Report of the veterinary officer investigating camel disease
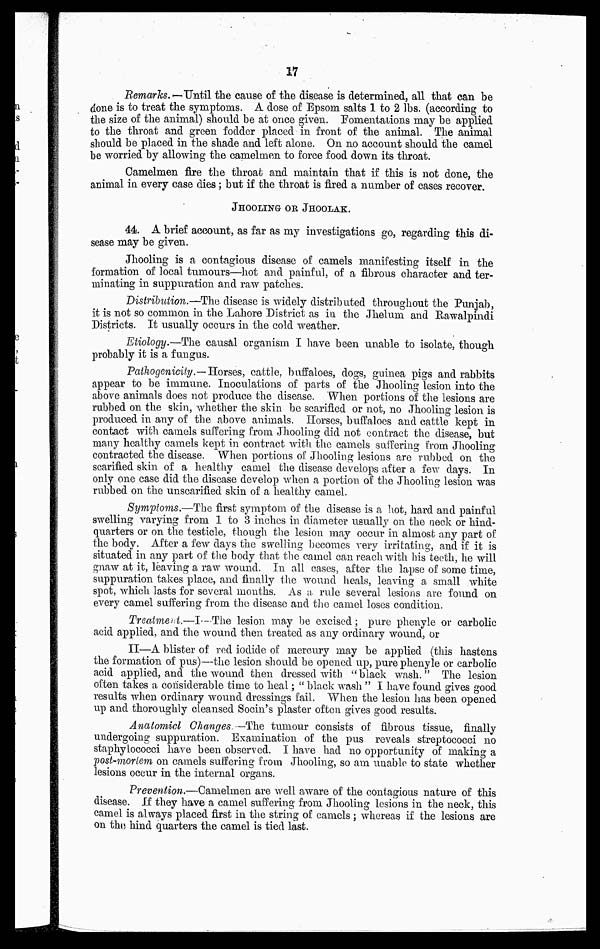
17
Remarks.— Until the cause of the disease is determined, all that can be
done is to treat the symptoms. A dose of Epsom salts 1 to 2 lbs. (according to
the size of the animal) should be at once given. Fomentations may be applied
to the throat and green fodder placed in front of the animal. The animal
should be placed in the shade and left alone. On no account should the camel
be worried by allowing the camelmen to force food down its throat.
Camelmen fire the throat and maintain that if this is not done, the
animal in every case dies ; but if the throat is fired a number of cases recover.
JHOOLING OR JHOOLAK.
44. A brief account, as far as my investigations go, regarding this di-
sease may be given.
Jhooling is a contagious disease of camels manifesting itself in the
formation of local tumours—hot and painful, of a fibrous character and ter-
minating in suppuration and raw patches.
Distribution.—The disease is widely distributed throughout the Punjab,
it is not so common in the Lahore District as in the Jhelum and Rawalpindi
Districts. It usually occurs in the cold weather.
Etiology.—The causal organism I have been unable to isolate, though
probably it is a fungus.
Pathogenicity.—Horses, cattle, buffaloes, dogs, guinea pigs and rabbits
appear to be immune. Inoculations of parts of the Jhooling lesion into the
above animals does not produce the disease. When portions of the lesions are
rubbed on the skin, whether the skin be scarified or not, no Jhooling lesion is
produced in any of the above animals. Horses, buffaloes and cattle kept in
contact with camels suffering from Jhooling did not contract the disease, but
many healthy camels kept in contract with the camels suffering from Jhooling
contracted the disease. When portions of Jhooling lesions are rubbed on the
scarified skin of a healthy camel the disease develops after a few days. In
only one case did the disease develop when a portion of the Jhooling lesion was
rubbed on the unscarified skin of a healthy camel.
Symptoms.—The first symptom of the disease is a hot, hard and painful
swelling varying from 1 to 3 inches in diameter usually on the neck or hind-
quarters or on the testicle, though the lesion may occur in almost any part of
the body. After a few days the swelling becomes very irritating, and if it is
situated in any part of the body that the camel can reach with his teeth, he will
gnaw at it, leaving a raw wound. In all cases, after the lapse of some time,
suppuration takes place, and finally the wound heals, leaving a small white
spot, which lasts for several months. As a rule several lesions are found on
every camel suffering from the disease and the camel loses condition.
Treatment.—I—The lesion may be excised; pure phenyle or carbolic
acid applied, and the wound then treated as any ordinary wound, or
II—A blister of red iodide of mercury may be applied (this hastens
the formation of pus)—the lesion should be opened up, pure phenyle or carbolic
acid applied, and the wound then dressed with " black wash." The lesion
often takes a considerable time to heal ; " black wash " I have found gives good
results when ordinary wound dressings fail. When the lesion has been opened
up and thoroughly cleansed Socin's plaster often gives good results.
Anatomicl Changes —The tumour consists of fibrous tissue, finally
undergoing suppuration. Examination of the pus reveals streptococci no
staphylococci have been observed. I have had no opportunity of making a
post-mortem on camels suffering from Jhooling, so am unable to state whether
lesions occur in the internal organs.
Prevention.—Camelmen are well aware of the contagious nature of this
disease. If they have a camel suffering from Jhooling lesions in the neck, this
camel is always placed first in the string of camels ; whereas if the lesions are
On the hind quarters the camel is tied last